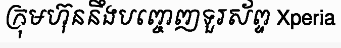
ក្រុមហ៊ុននឹងបញ្ចេញទួរស័ព្ទ Xperia